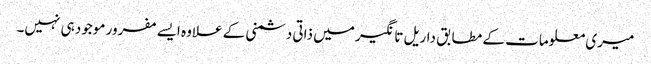
میری معلومات کے مطابق داریل تانگیر میں ذاتی دشمنی کے علاوہ ایسے مفرور موجود ہی نہیں۔